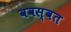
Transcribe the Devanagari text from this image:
ववस्वत